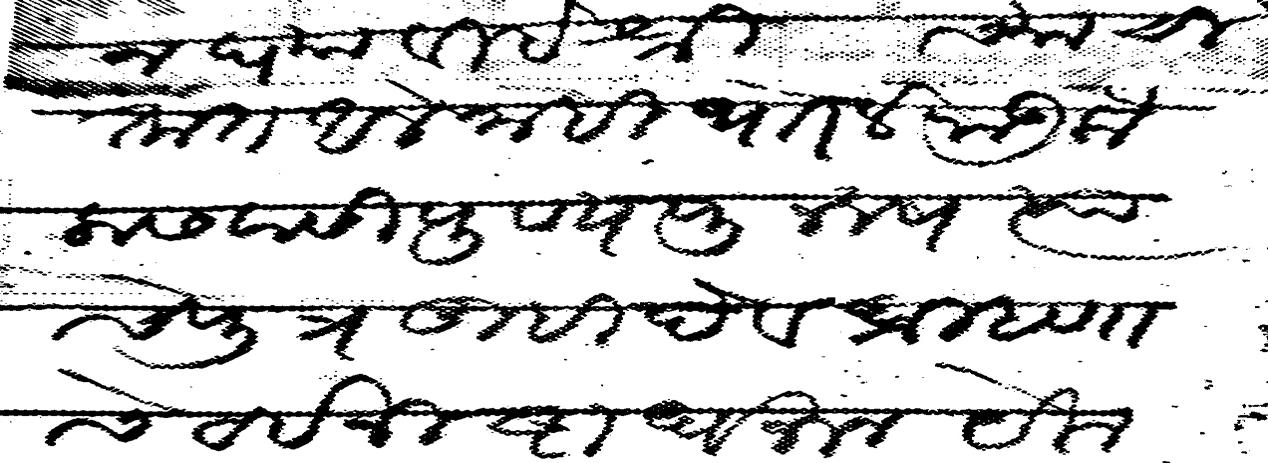
Transliteration (Devanagari): करुन घ्यावी हे श्री च्या चीतात आले नाही थोरले भाऊ कैलासवासी पुण्य पुज्य त्याचे पुत्र तुम्ही देव ब्राम्हणाचे ठाई निष्टा धरून येकरुप